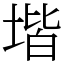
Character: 堦